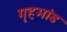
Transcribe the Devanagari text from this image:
गृहभांड